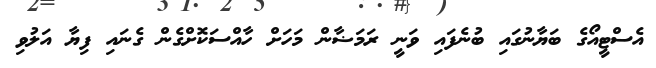
އެސްޓީއޯގެ ބަޔާނުގައި ބުނެފައި ވަނީ ރަމަޟާން މަހަށް ހާއްސަކޮށްގެން ގެނައި ފިޔާ އަލުވި